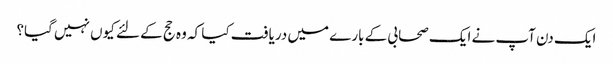
ایک دن آپ نے ایک صحابی کے بارے میں دریافت کیا کہ وہ حج کے لئے کیوں نہیں گیا؟